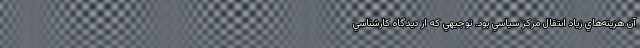
آن هزينه‌ها‌ي زیاد انتقال مركز سياسي بود. توجيهي كه از ديدگاه كارشناسي